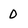
Character: 0